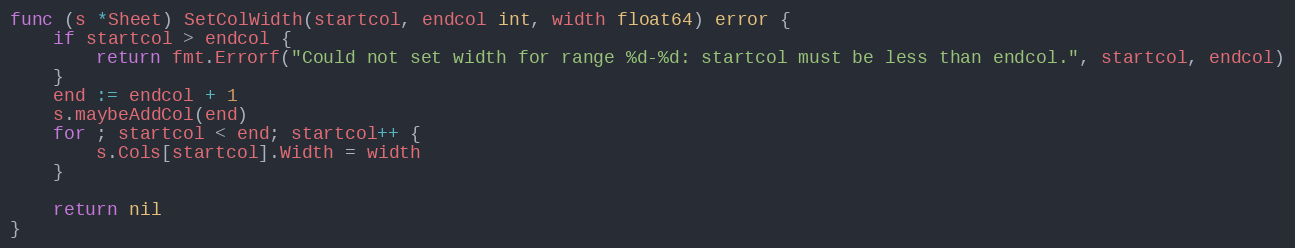
Language: Go
func (s *Sheet) SetColWidth(startcol, endcol int, width float64) error {
	if startcol > endcol {
		return fmt.Errorf("Could not set width for range %d-%d: startcol must be less than endcol.", startcol, endcol)
	}
	end := endcol + 1
	s.maybeAddCol(end)
	for ; startcol < end; startcol++ {
		s.Cols[startcol].Width = width
	}

	return nil
}